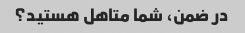
در ضمن، شما متاهل هستید؟